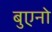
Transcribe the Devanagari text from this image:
बुएनो